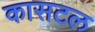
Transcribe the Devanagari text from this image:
कासटल